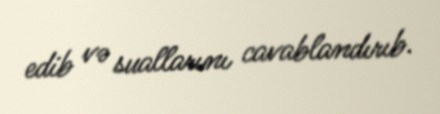
edib və suallarını cavablandırıb.